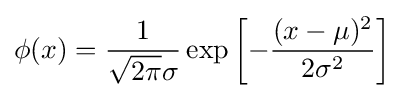
\phi (x)={\frac {1}{{\sqrt {2\pi }}\sigma }}\exp \left[-{\frac {(x-\mu )^{2}}{2\sigma ^{2}}}\right]